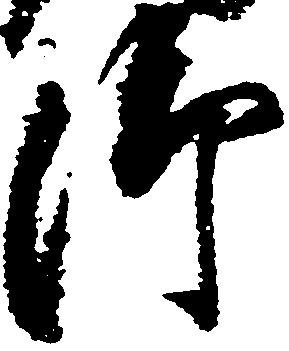
御